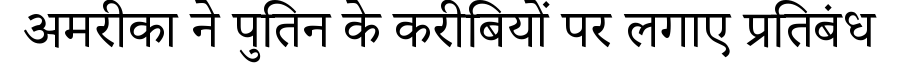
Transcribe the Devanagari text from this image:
अमरीका ने पुतिन के करीबियों पर लगाए प्रतिबंध